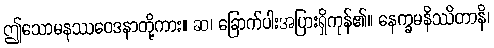
ဤသောမနဿဝေဒနာတို့ကား။ ဆ၊ ခြောက်ပါးအပြားရှိကုန်၏။ နေက္ခမနိဿိတာနိ၊